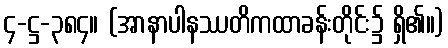
၄-ဋ္ဌ-၃၈၄။ (အာနာပါနဿတိကထာခန်းတိုင်း၌ ရှိ၏။)